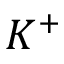
K ^ { + }